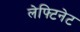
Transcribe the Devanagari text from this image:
लेफ्टिनेट